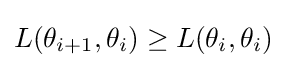
L(\theta _{i+1},\theta _{i})\geq L(\theta _{i},\theta _{i})